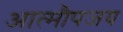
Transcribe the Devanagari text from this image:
आत्मौपजय